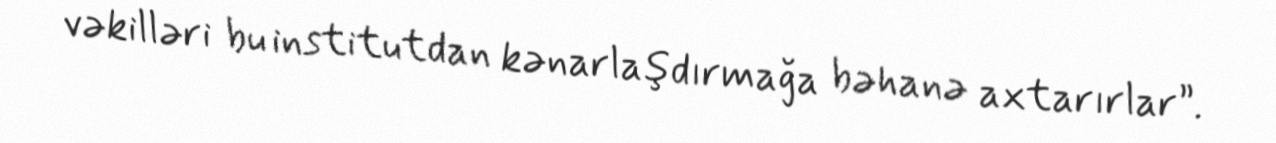
vəkilləri bu institutdan kənarlaşdırmağa bəhanə axtarırlar”.